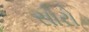
સોરો